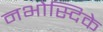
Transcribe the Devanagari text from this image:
नभोस्दिके